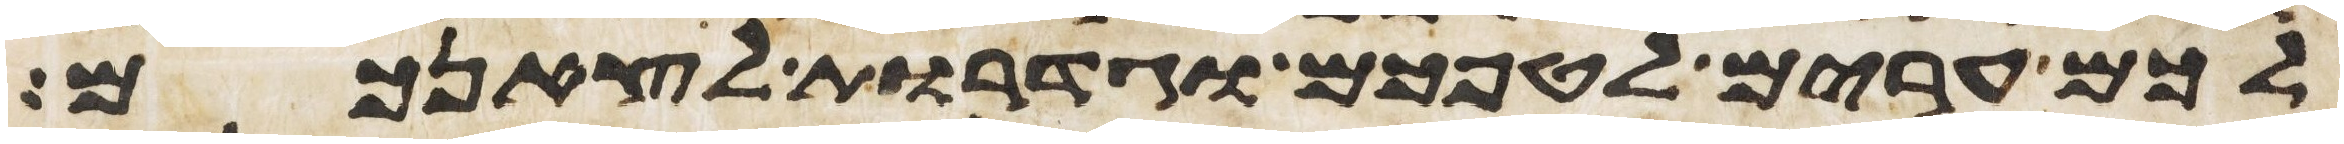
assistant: לכם ערים לטפכם וגדרות לצאנכם